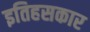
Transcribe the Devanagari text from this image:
इतिहसकार